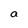
Character: a